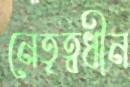
নেতৃত্বধীন